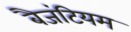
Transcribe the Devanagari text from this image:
बैजंटियम